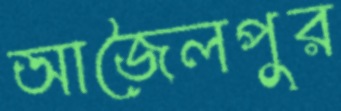
আজৈলপুর